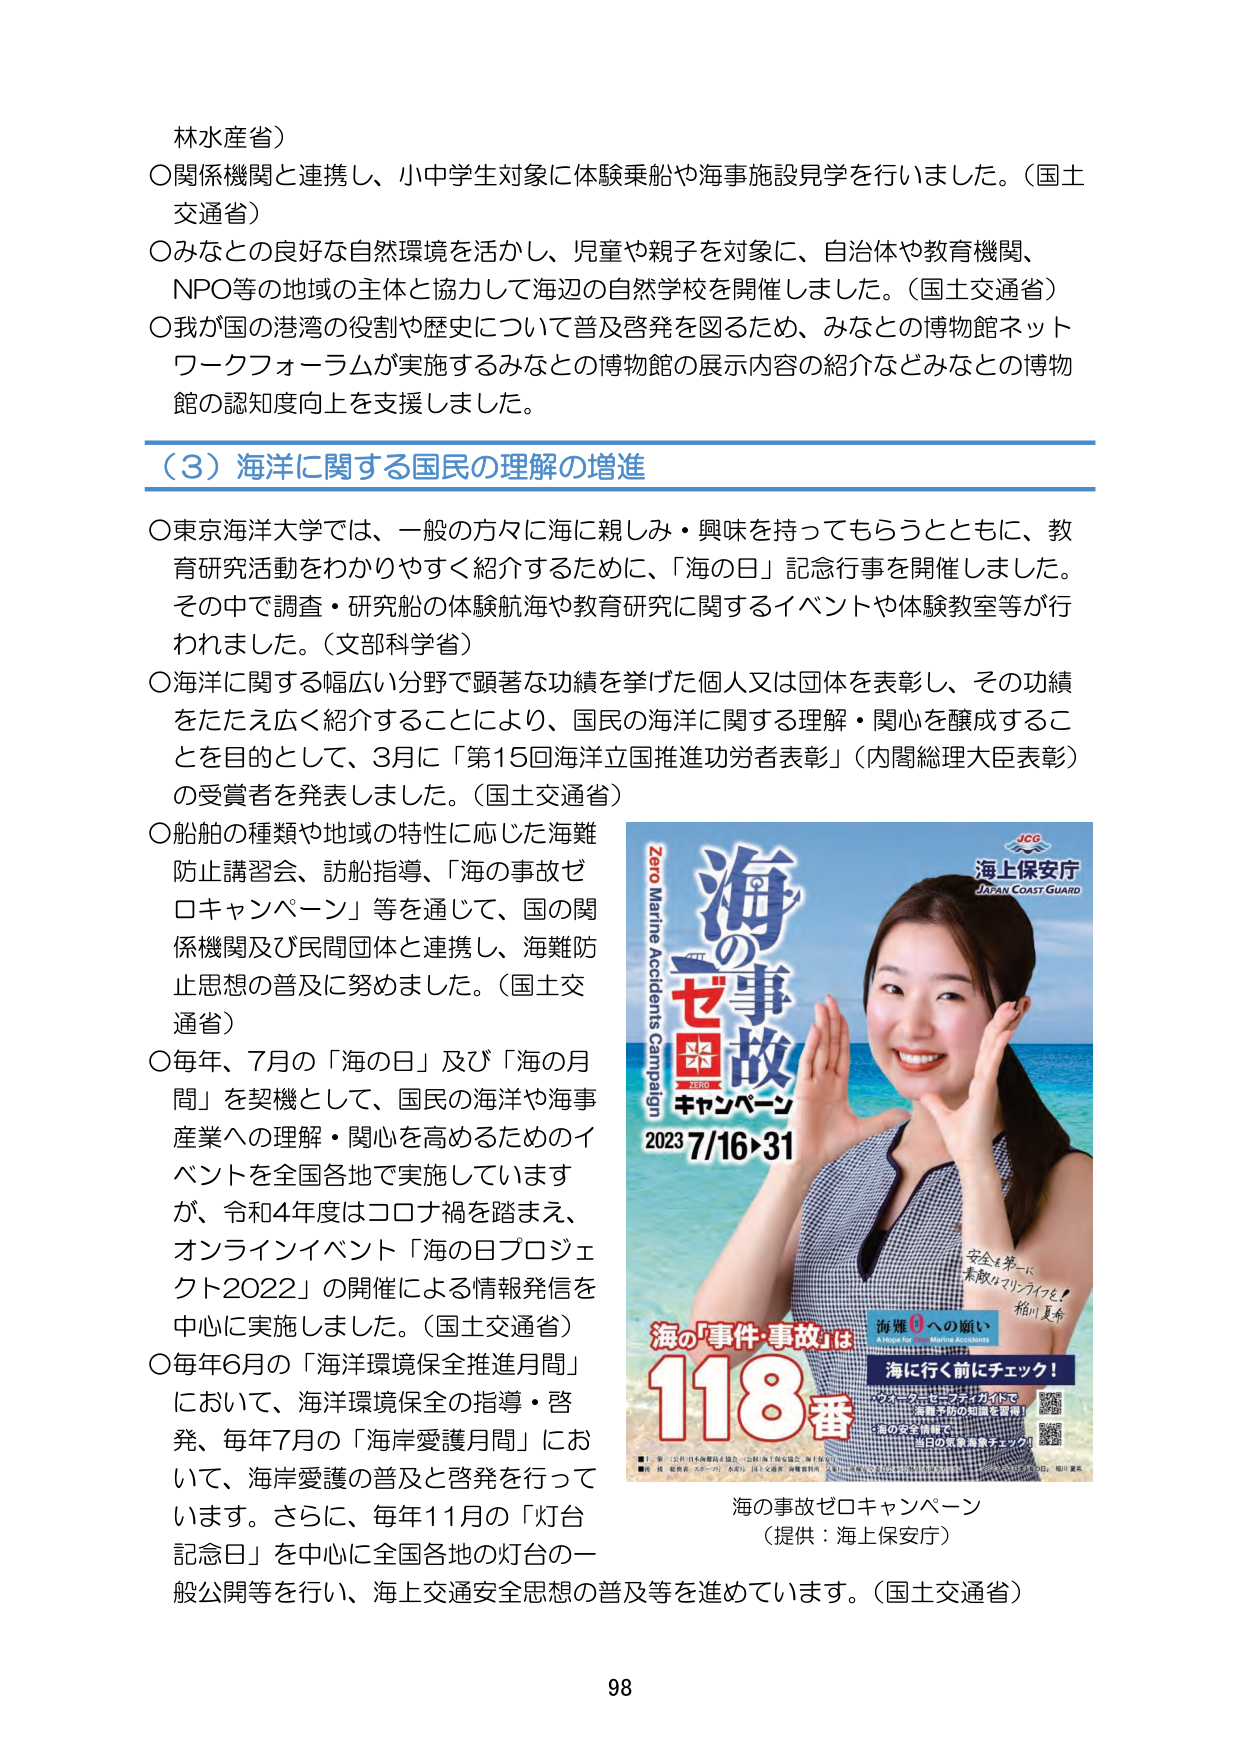
林水産省）

○関係機関と連携し、小中学生対象に体験乗船や海事施設見学を行いました。（国土交通省）

○みなとの良好な自然環境を活かし、児童や親子を対象に、自治体や教育機関、NPO等の地域の主体と協力して海辺の自然学校を開催しました。（国土交通省）

○我が国の港湾の役割や歴史について普及啓発を図るため、みなとの博物館ネットワークフォーラムが実施するみなとの博物館の展示内容の紹介などみなとの博物館の認知度向上を支援しました。

（3）海洋に関する国民の理解の増進

○東京海洋大学では、一般の方々に海に親しみ・興味を持ってもらうとともに、教育研究活動をわかりやすく紹介するために、「海の日」記念行事を開催しました。その中で調査・研究船の体験航海や教育研究に関するイベントや体験教室等が行われました。（文部科学省）

○海洋に関する幅広い分野で顕著な功績を挙げた個人又は団体を表彰し、その功績をたたえ広く紹介することにより、国民の海洋に関する理解・関心を醸成することを目的として、3月に「第15回海洋立国推進功労者表彰」（内閣総理大臣表彰）の受賞者を発表しました。（国土交通省）

○船舶の種類や地域の特性に応じた海難防止講習会、訪船指導、「海の事故ゼロキャンペーン」等を通じて、国の関係機関及び民間団体と連携し、海難防止思想の普及に努めました。（国土交通省）

○毎年、7月の「海の日」及び「海の月間」を契機として、国民の海洋や海事産業への理解・関心を高めるためのイベントを全国各地で実施していますが、令和4年度はコロナ禍を踏まえ、オンラインイベント「海の日プロジェクト2022」の開催による情報発信を中心に実施しました。（国土交通省）

○毎年6月の「海洋環境保全推進月間」において、海洋環境保全の指導・啓発、毎年7月の「海岸愛護月間」において、海岸愛護の普及と啓発を行っています。さらに、毎年11月の「灯台記念日」を中心に全国各地の灯台の一般公開等を行い、海上交通安全思想の普及等を進めています。（国土交通省）

Zero Marine Accidents Campaign
海の事故
ゼロ
キャンペーン
2023 7/16→31
JCG
海上保安庁
JAPAN COAST GUARD
安全を第一に
素敵なマリーナライフを！
権川夏希
海の「事件・事故」は
118番
海難0への願い
A WISH FOR ZERO MARINE ACCIDENTS
海に行く前にチェック！
スマートフォンアプリガイドで
海難予防の知識を習得！
海の安全情報で
当日の気象海象チェック！
海の事故ゼロキャンペーン
（提供：海上保安庁）

98